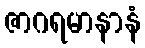
ဇာဂရမာနာနံ